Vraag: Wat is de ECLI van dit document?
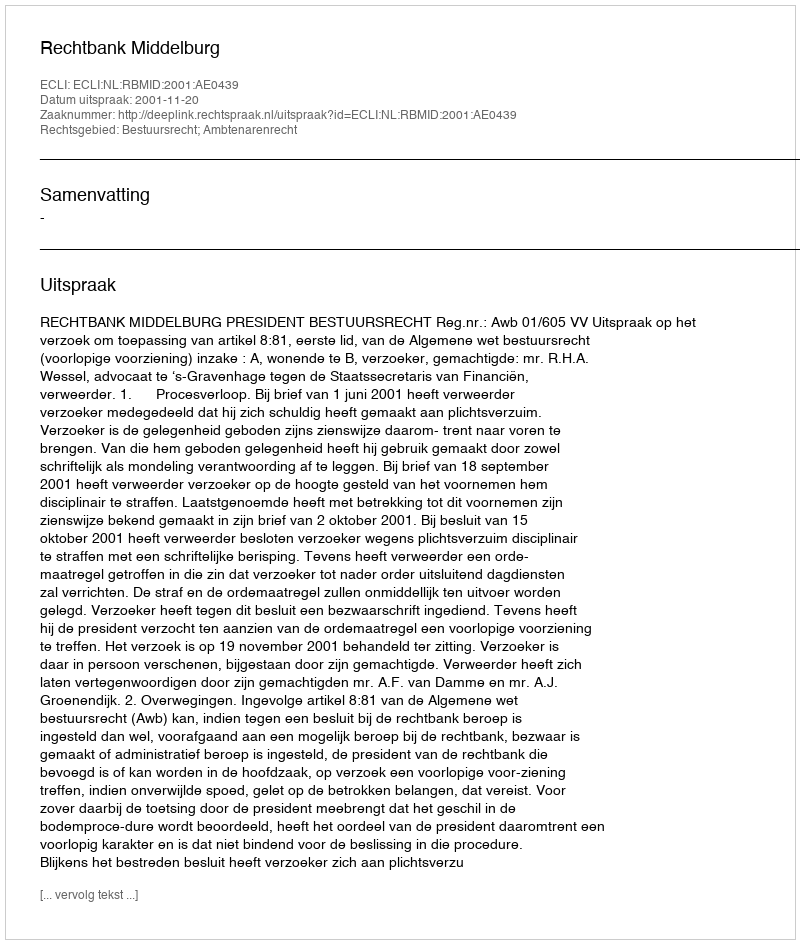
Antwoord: ECLI:NL:RBMID:2001:AE0439